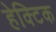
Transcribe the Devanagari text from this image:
हेक्टिक